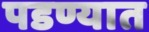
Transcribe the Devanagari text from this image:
पडण्यात